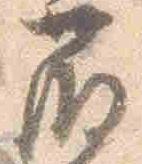
藤